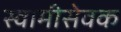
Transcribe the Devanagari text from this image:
स्वामीसेवक